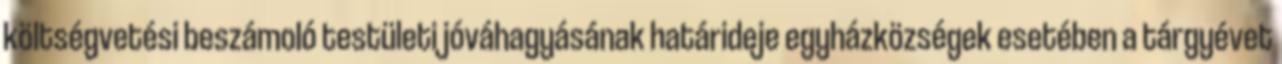
költségvetési beszámoló testületi jóváhagyásának határideje egyházközségek esetében a tárgyévet